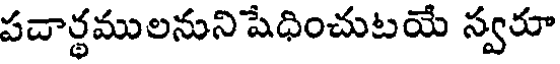
పదార్థములనునిషేధించుటయే స్వరూ